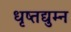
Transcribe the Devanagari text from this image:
धृष्तद्युम्न